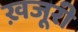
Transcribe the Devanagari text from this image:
ख़जूरी